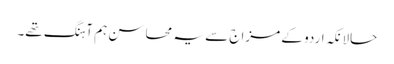
حالانکہ اردو کے مزاج سے یہ محاسن ہم آہنگ تھے۔